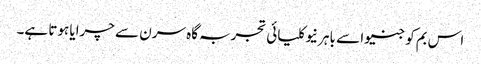
اس بم کو جنیوا سے باہر نیوکلیائی تجربہ گاہ سرن سے چرایا ہوتا ہے۔